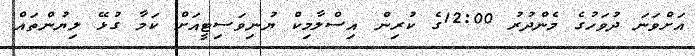
އަށްވަނަ ދުވަހުގެ މެންދުރު 12:00ގެ ކުރިން އިސްލާމިކް ޔުނިވަސިޓީއަށް ކަމާ ގުޅޭ ލިޔުންތައް